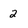
Character: 2